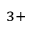
^ { 3 + }